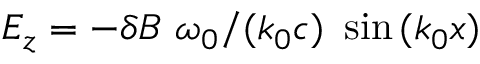
E _ { z } = - \delta B \ \omega _ { 0 } / ( k _ { 0 } c ) \ \sin { ( k _ { 0 } x ) }